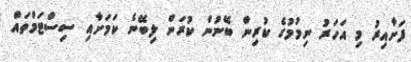
ފަށާއިރު މި އަހަރު ނިމުމުގެ ކުރިން ބޭނުން ކުރަން ލިބޭނެ ކަމަށާއި ސިސްޓަމްތައް